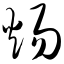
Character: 炀